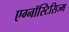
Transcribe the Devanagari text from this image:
एग्नॉस्टिसिज्म